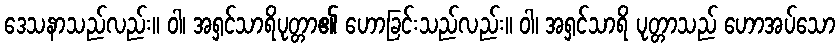
ဒေသနာသည်လည်း။ ဝါ၊ အရှင်သာရိပုတ္တာ၏ ဟောခြင်းသည်လည်း။ ဝါ၊ အရှင်သာရိ ပုတ္တာသည် ဟောအပ်သော